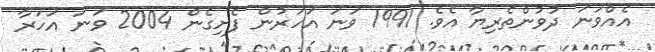
އެއްވަނަ ދުވުންތެރިޔާ އެވެ. 1991 ވަނަ އަހަރުން ފެށިގެން 2004 ވަނަ އަހަރާ